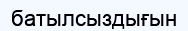
батылсыздығын